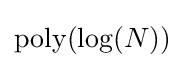
\mathrm {poly} (\log(N))